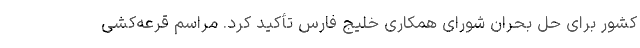
کشور برای حل بحران شورای همکاری خلیج فارس تأکید کرد. مراسم قرعه‌کشی